Indian journal of veterinary science and animal husbandry - Volume 7,
Year: 1937
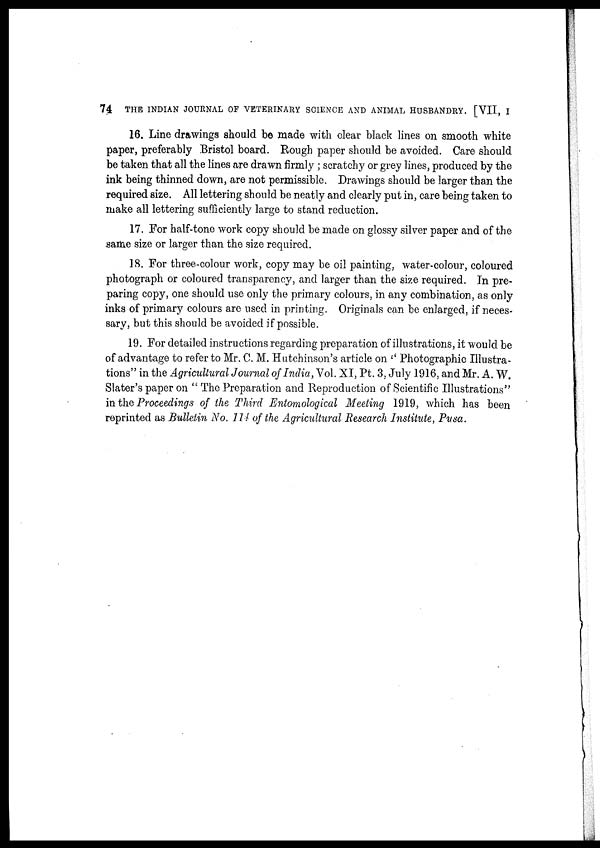
74
THE INDIAN JOURNAL OF VETERINARY SCIENCE AND ANIMAL HUSBANDRY. [VII, I
16. Line drawings should be made with clear black lines on smooth white
paper, preferably Bristol board. Rough paper should be avoided. Care should
be taken that all the lines are drawn firmly ; scratchy or grey lines, produced by the
ink being thinned down, are not permissible. Drawings should be larger than the
required size. All lettering should be neatly and clearly put in, care being taken to
make all lettering sufficiently large to stand reduction.
17. For half-tone work copy should be made on glossy silver paper and of the
same size or larger than the size required.
18. For three-colour work, copy may be oil painting, water-colour, coloured
photograph or coloured transparency, and larger than the size required. In pre-
paring copy, one should use only the primary colours, in any combination, as only
inks of primary colours are used in printing. Originals can be enlarged, if neces-
sary, but this should be avoided if possible.
19. For detailed instructions regarding preparation of illustrations, it would be
of advantage to refer to Mr. C. M. Hutchinson's article on " Photographic Illustra-
tions" in the Agricultural Journal of India, Vol. XI, Pt. 3, July 1916, and Mr. A. W.
Slater's paper on " The Preparation and Reproduction of Scientific Illustrations"
in the Proceedings of the Third Entomological Meeting 1919, which has been
reprinted as Bulletin No. 114 of the Agricultural Research Institute, Pusa.